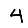
Digit: 4